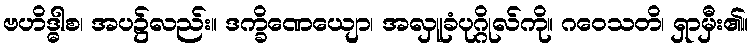
ဗဟိဒ္ဓါစ၊ အပ၌လည်း။ ဒက္ခိဏေယျော၊ အလှူခံပုဂ္ဂိုလ်ကို။ ဂဝေသတိ၊ ရှာမှီး၏။